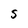
Character: 5